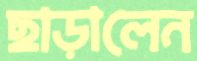
ছাড়ালেন